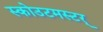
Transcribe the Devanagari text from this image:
स्कोउटमस्टर्